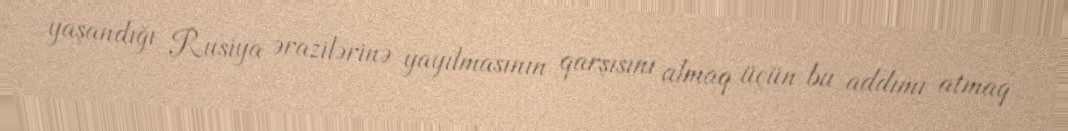
yaşandığı Rusiya ərazilərinə yayılmasının qarşısını almaq üçün bu addımı atmaq